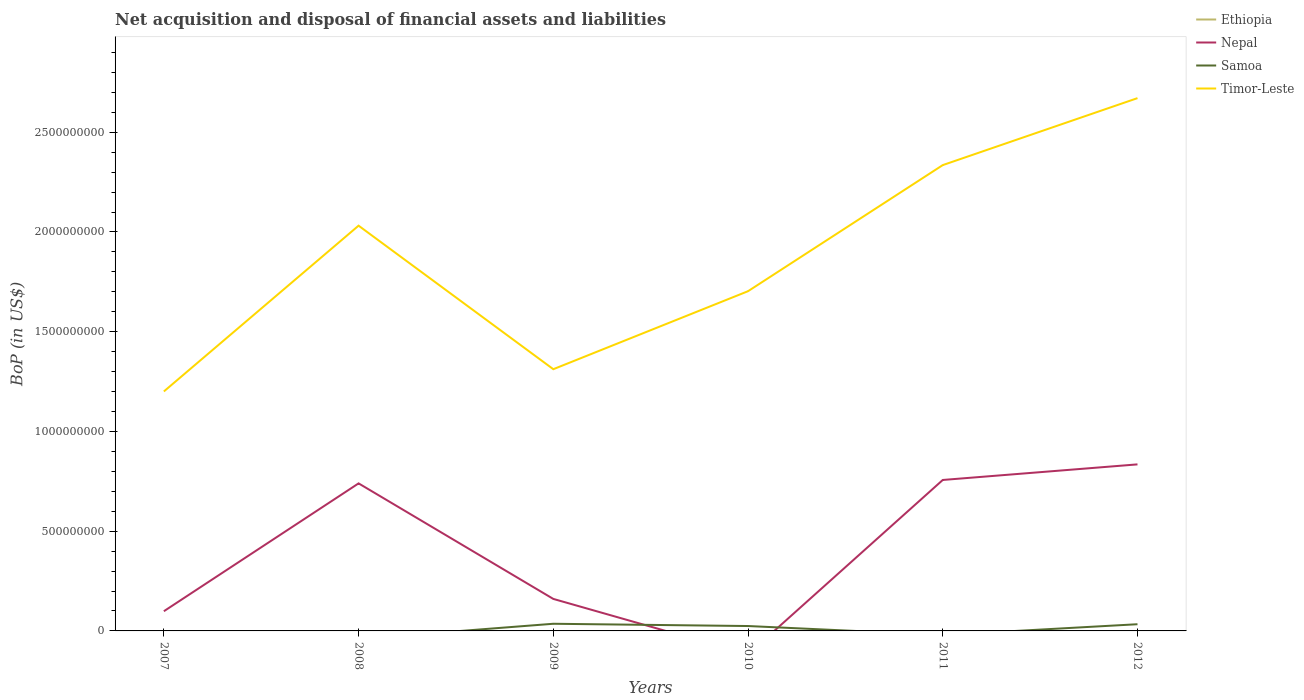
| Years | Ethiopia | Nepal | Samoa | Timor-Leste |
 | --- | --- | --- | --- | --- |
 | 2007 | -9.86e+08 | 9.88e+07 | -1.45e+07 | 1.2e+09 |
 | 2008 | -3.56e+08 | 7.4e+08 | -3.98e+07 | 2.03e+09 |
 | 2009 | -2.69e+09 | 1.6e+08 | 3.59e+07 | 1.31e+09 |
 | 2010 | -3.5e+09 | -1.18e+08 | 2.45e+07 | 1.7e+09 |
 | 2011 | -2.59e+09 | 7.57e+08 | -2.03e+07 | 2.34e+09 |
 | 2012 | -3.45e+08 | 8.35e+08 | 3.36e+07 | 2.67e+09 |